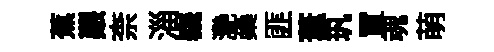
蕉艱柰淄峩灧蘃匪葦㺬罝魂萌